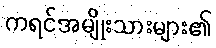
ကရင်အမျိုးသားများ၏